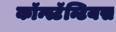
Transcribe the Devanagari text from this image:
कॉन्स्टॅन्टियस